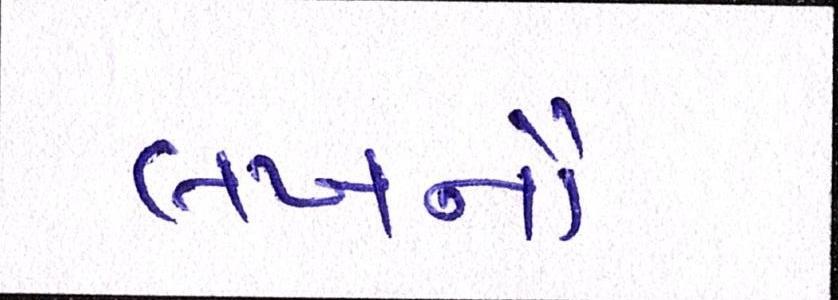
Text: લખનૌ